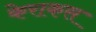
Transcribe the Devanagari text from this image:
केराकस